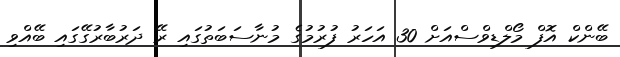
ބޭންކް އޮފް މޯލްޑިވްސްއަށް 30 އަހަރު ފުރުމުގެ މުނާސަބަތުގައި ރޭ ދަރުބާރުގޭގައި ބޭއްވި